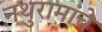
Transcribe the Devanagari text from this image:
नथुरामांचे